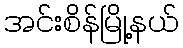
အင်းစိန်မြို့နယ်